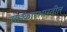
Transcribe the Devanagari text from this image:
सहकारभारतीत